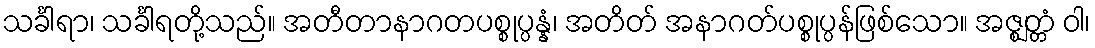
သင်္ခါရာ၊ သင်္ခါရတို့သည်။ အတီတာနာဂတပစ္စုပ္ပန္နံ၊ အတိတ် အနာဂတ်ပစ္စုပ္ပန်ဖြစ်သော။ အဇ္ဈတ္တံ ဝါ၊